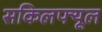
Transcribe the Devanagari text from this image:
सकिलफ्यूल